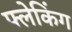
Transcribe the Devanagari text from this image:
फ्लेकिंग